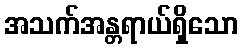
အသက်အန္တရာယ်ရှိသော